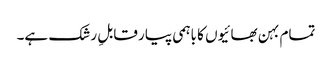
تمام بہن بھائیوں کا باہمی پیار قابلِ رشک ہے۔